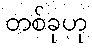
တစ်ခုဟု